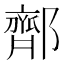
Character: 𬪜